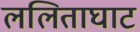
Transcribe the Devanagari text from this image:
ललिताघाट